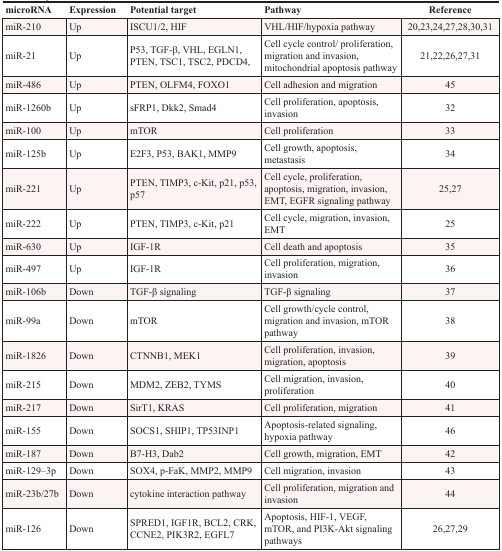
<table><thead><tr><td><b>microRNA</b></td><td><b>Expression</b></td><td><b>Potential target</b></td><td><b>Pathway</b></td><td><b>Reference</b></td></tr></thead><tbody><tr><td>miR-210</td><td>Up</td><td>ISCU1/2, HIF</td><td>VHL/HIF/hypoxia pathway</td><td>20,23,24,27,28,30,31</td></tr><tr><td>miR-21</td><td>Up</td><td>P53, TGF-β, VHL, EGLN1, PTEN, TSC1, TSC2, PDCD4,</td><td>Cell cycle control/proliferation, migration and invasion, mitochondrial apoptosis pathway</td><td>21,22,26,27,31</td></tr><tr><td>miR-486</td><td>Up</td><td>PTEN, OLFM4, FOXO1</td><td>Cell adhesion and migration</td><td>45</td></tr><tr><td>miR-1260b</td><td>Up</td><td>sFRP1, Dkk2, Smad4</td><td>Cell proliferation, apoptosis, invasion</td><td>32</td></tr><tr><td>miR-100</td><td>Up</td><td>mTOR</td><td>Cell proliferation</td><td>33</td></tr><tr><td>miR-125b</td><td>Up</td><td>E2F3, P53, BAK1, MMP9</td><td>Cell growth, apoptosis, metastasis</td><td>34</td></tr><tr><td>miR-221</td><td>Up</td><td>PTEN, TIMP3, c-Kit, p21, p53, p57</td><td>Cell cycle, proliferation, apoptosis, migration, invasion, EMT, EGFR signaling pathway</td><td>25,27</td></tr><tr><td>miR-222</td><td>Up</td><td>PTEN, TIMP3, c-Kit, p21</td><td>Cell cycle, migration, invasion, EMT</td><td>25</td></tr><tr><td>miR-630</td><td>Up</td><td>IGF-1R</td><td>Cell death and apoptosis</td><td>35</td></tr><tr><td>miR-497</td><td>Up</td><td>IGF-1R</td><td>Cell proliferation, migration, invasion</td><td>36</td></tr><tr><td>miR-106b</td><td>Down</td><td>TGF-β signaling</td><td>TGF-β signaling</td><td>37</td></tr><tr><td>miR-99a</td><td>Down</td><td>mTOR</td><td>Cell growth/cycle control, migration and invasion, mTOR pathway</td><td>38</td></tr><tr><td>miR-1826</td><td>Down</td><td>CTNNB1, MEK1</td><td>Cell proliferation, invasion, migration, apoptosis</td><td>39</td></tr><tr><td>miR-215</td><td>Down</td><td>MDM2, ZEB2, TYMS</td><td>Cell migration, invasion, proliferation</td><td>40</td></tr><tr><td>miR-217</td><td>Down</td><td>SirT1, KRAS</td><td>Cell proliferation, migration</td><td>41</td></tr><tr><td>miR-155</td><td>Down</td><td>SOCS1, SHIP1, TP53INP1</td><td>Apoptosis-related signaling, hypoxia pathway</td><td>46</td></tr><tr><td>miR-187</td><td>Down</td><td>B7-H3, Dab2</td><td>Cell growth, migration, EMT</td><td>42</td></tr><tr><td>miR-129–3p</td><td>Down</td><td>SOX4, p-FaK, MMP2, MMP9</td><td>Cell migration, invasion</td><td>43</td></tr><tr><td>miR-23b/27b</td><td>Down</td><td>cytokine interaction pathway</td><td>Cell proliferation, migration and invasion</td><td>44</td></tr><tr><td>miR-126</td><td>Down</td><td>SPRED1, IGF1R, BCL2, CRK, CCNE2, PIK3R2, EGFL7</td><td>Apoptosis, HIF-1, VEGF, mTOR, and PI3K-Akt signaling pathways</td><td>26,27,29</td></tr></tbody></table>